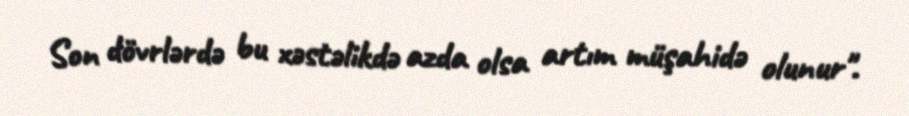
Son dövrlərdə bu xəstəlikdə azda olsa artım müşahidə olunur".